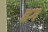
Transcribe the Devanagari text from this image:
ह्रग